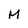
Character: M